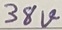
Text: 38V